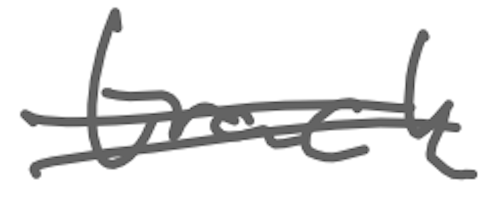
Text: track
Cross-out: double-line
Writing tool: digital_gray